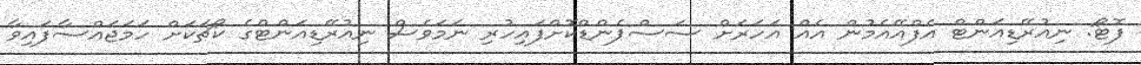
ފޮޓޯ: ނިއުރޭޑިއަންޓް އެފްއޭއެމުން އެއް އަހަރަށް ސަސްޕެންޑްކޮށްފައިހުރި ނަމަވެސް ނިއުރޭޑިއަންޓްގެ ކޯޗަކަށް ހަމަޖައްސާފައިވާ